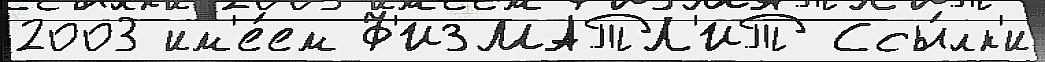
2003 им'е́ем Ф'ИЗМАТЛ'ИТ Ссы́лк'и